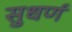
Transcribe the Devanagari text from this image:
सुधर्ण